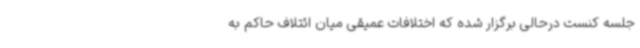
جلسه کنست درحالی برگزار شده که اختلافات عمیقی میان ائتلاف حاکم به